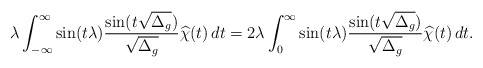
\begin{align*}\lambda\int_{-\infty}^\infty \sin(t\lambda)\frac{\sin(t\sqrt{ \smash[b]{ \Delta_g } })}{\sqrt{ \smash[b]{ \Delta_g } }}\widehat{\chi}(t)\,dt=2\lambda\int_{0}^\infty \sin(t\lambda)\frac{\sin(t\sqrt{ \smash[b]{ \Delta_g } })}{\sqrt{ \smash[b]{ \Delta_g } }}\widehat{\chi}(t)\,dt.\end{align*}